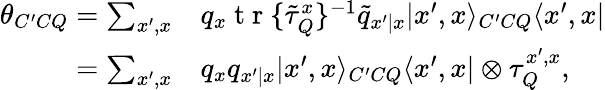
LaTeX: \begin{array}{rl}{\theta_{C^{\prime}CQ}=\sum_{x^{\prime},x}}&{{}q_{x}\mathrm{~t~r~}\{ \tilde{\tau}_{Q}^{x}\} ^{-1}\tilde{q}_{x^{\prime}|x}|x^{\prime},x\rangle_{C^{\prime}CQ}\langle x^{\prime},x|}\\ {=\sum_{x^{\prime},x}}&{{}q_{x}q_{x^{\prime}|x}|x^{\prime},x\rangle_{C^{\prime}CQ}\langle x^{\prime},x|\otimes\tau_{Q}^{x^{\prime},x},}\end{array}